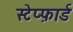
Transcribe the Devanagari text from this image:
स्टेप्फ़ार्ड